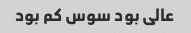
عالی بود سوس کم بود